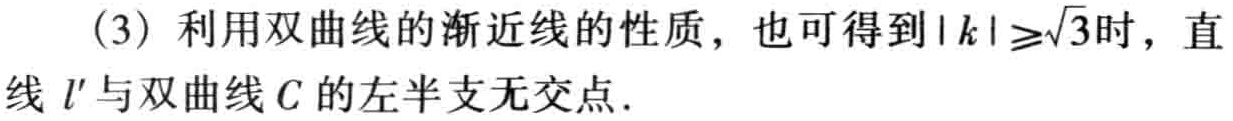
（3）利用双曲线的渐近线的性质，也可得到$|k|\geq\sqrt{3}$时，直线 \(l'\) 与双曲线 \(C\) 的左半支无交点.